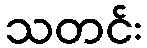
သတင်း